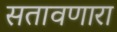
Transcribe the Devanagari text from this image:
सतावणारा